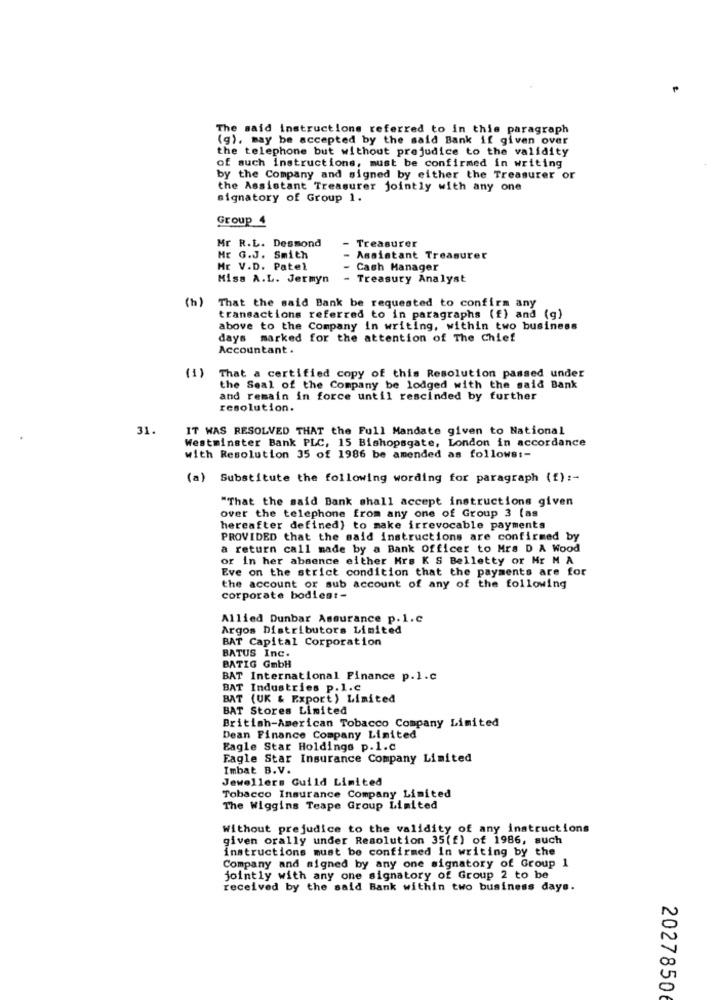
The said instructions referred to in this paragraph
(g), may be accepted by the said Bank if given over
the telephone but without prejudice to the validity
of such instructions, must be confirmed in writing
by the Company and signed by either the Treasurer or
the Assistant Treasurer jointly with any one
signatory of Group 1.
Group 4
Mr R.L. Desmond
Treasurer
Mr G.J. Smith
Assistant Treasurer
Mr V.D. Patel
- Cash Manager
Miss A.L. Jermyn
- Treasury Analyst
(h)
That the said Bank be requested to confirm any
transactions referred to in paragraphs (f) and (g)
above to the Company in writing, within two business
days marked for the attention of The Chief
Accountant .
(1) That a certified copy of this Resolution passed under
the Seal of the Company be lodged with the said Bank
and remain in force until rescinded by further
resolution.
31.
IT WAS RESOLVED THAT the Full Mandate given to National
Westminster Bank PLC, 15 Bishopsgate, London in accordance
with Resolution 35 of 1986 be amended as follows :-
(a) Substitute the following wording for paragraph (f) :-
"That the said Bank shall accept instructions given
over the telephone from any one of Group 3 (as
hereafter defined} to make irrevocable payments
PROVIDED that the said instructions are confirmed by
a return call made by a Bank Officer to Mra D A Wood
or In her absence either Hrs K S Belletty or Mr M A
Eve on the strict condition that the payments are for
the account or sub account of any of the following
corporate bodiest-
Allied Dunbar Assurance p. 1.C
Argos Distributors Limited
BAT Capital Corporation
BATUS Inc.
BATIG GmbH
BAT International Finance p.l.C
BAT Industries p.1.C
BAT (UK & Export) Limited
BAT Stores Limited
British-American Tobacco Company Limited
Dean Finance Company Limited
Eagle Star Holdings p.1.C
Fagle Star Insurance Company Limited
Imbat B.V.
Jewellers Guild Limited
Tobacco Insurance Company Limited
The Wiggins Teape Group Limited
Without prejudice to the validity of any instructions
given orally under Resolution 35(f) of 1986, auch
instructions must be confirmed In writing by the
Company and signed by any one signatory of Group 1
jointly with any one signatory of Group 2 to be
received by the said Bank within two business days.
20278506